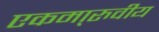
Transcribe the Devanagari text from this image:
एकमा्रुवीय